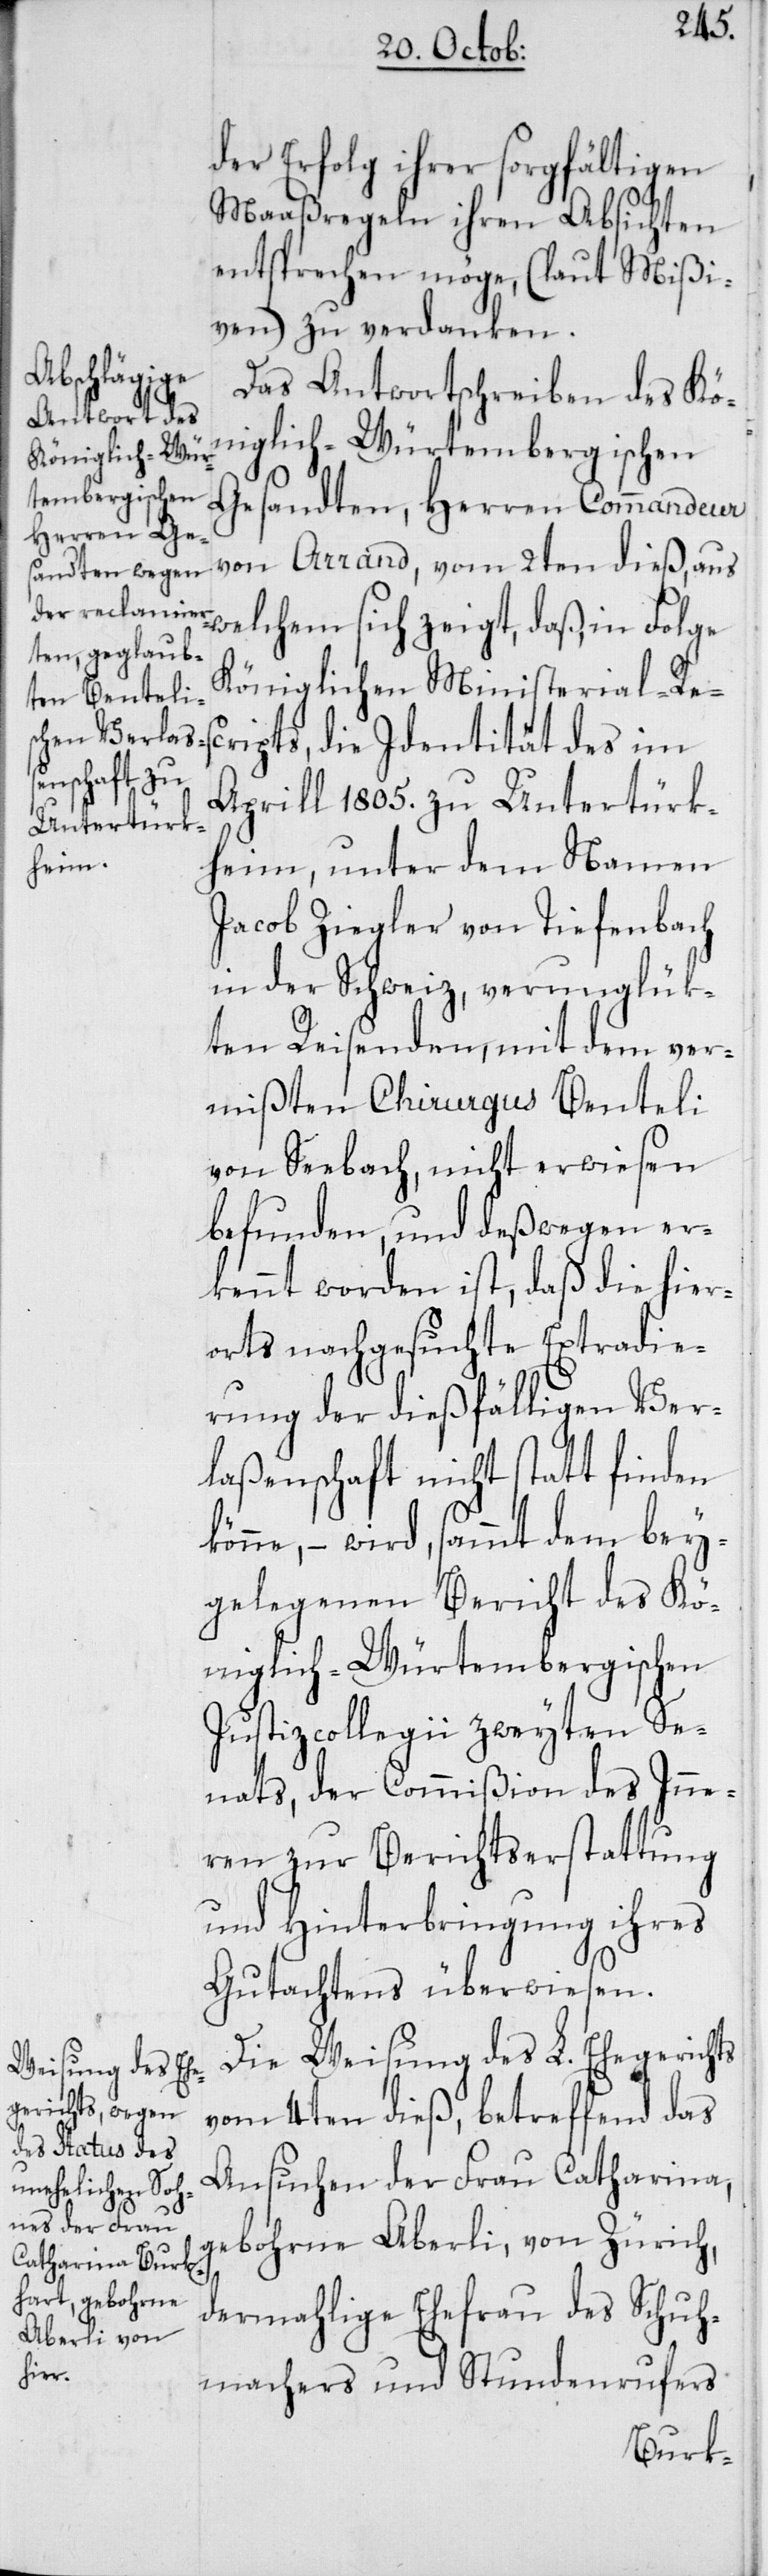
der Erfolg ihrer sorgfältigen
Maaßregeln ihren Absichten
entsprechen möge, (laut Mißi¬
ven) zu verdanken.
Das Antwortschreiben des Kö¬
niglich-Würtembergischen
Gesandten, Herren Commandeur
von Arrand, vom 2ten dieß, aus
welchem sich zeigt, daß in Folge
Königlichen Ministerial-R¬
escripts, die Identität des im
Aprill 1805. zu Untertürk¬
heim, unter dem Namen
Jacob Ziegler von Tiefenbach
in der Schweiz, verunglük¬
ten Reisenden, mit dem ver¬
mißten Chirurgus Benteli
von Seebach, nicht erwiesen
befunden, und deßwegen er¬
kennt worden ist, daß die hier¬
orts nachgesuchte Extradie¬
rung der dießfälligen Ver¬
laßenschaft nicht stattfinden
könne, – wird, sammt dem bey¬
gelegenen Bericht des Kö¬
niglich-Würtembergischen
Justizcollegii zweyten Se¬
nats, der Commißion des Inne¬
ren zur Berichtserstattung
und Hinterbringung ihres
Gutachtens überwiesen.
Die Weisung des L. Ehegerichts
vom 4ten dieß, betreffend das
Ansuchen der Frau Catharina,
gebohrne Aberli von Zürich,
dermahlige Ehefrau des Schuh¬
machers und Stundenrufers